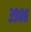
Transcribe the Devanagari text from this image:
३९८६